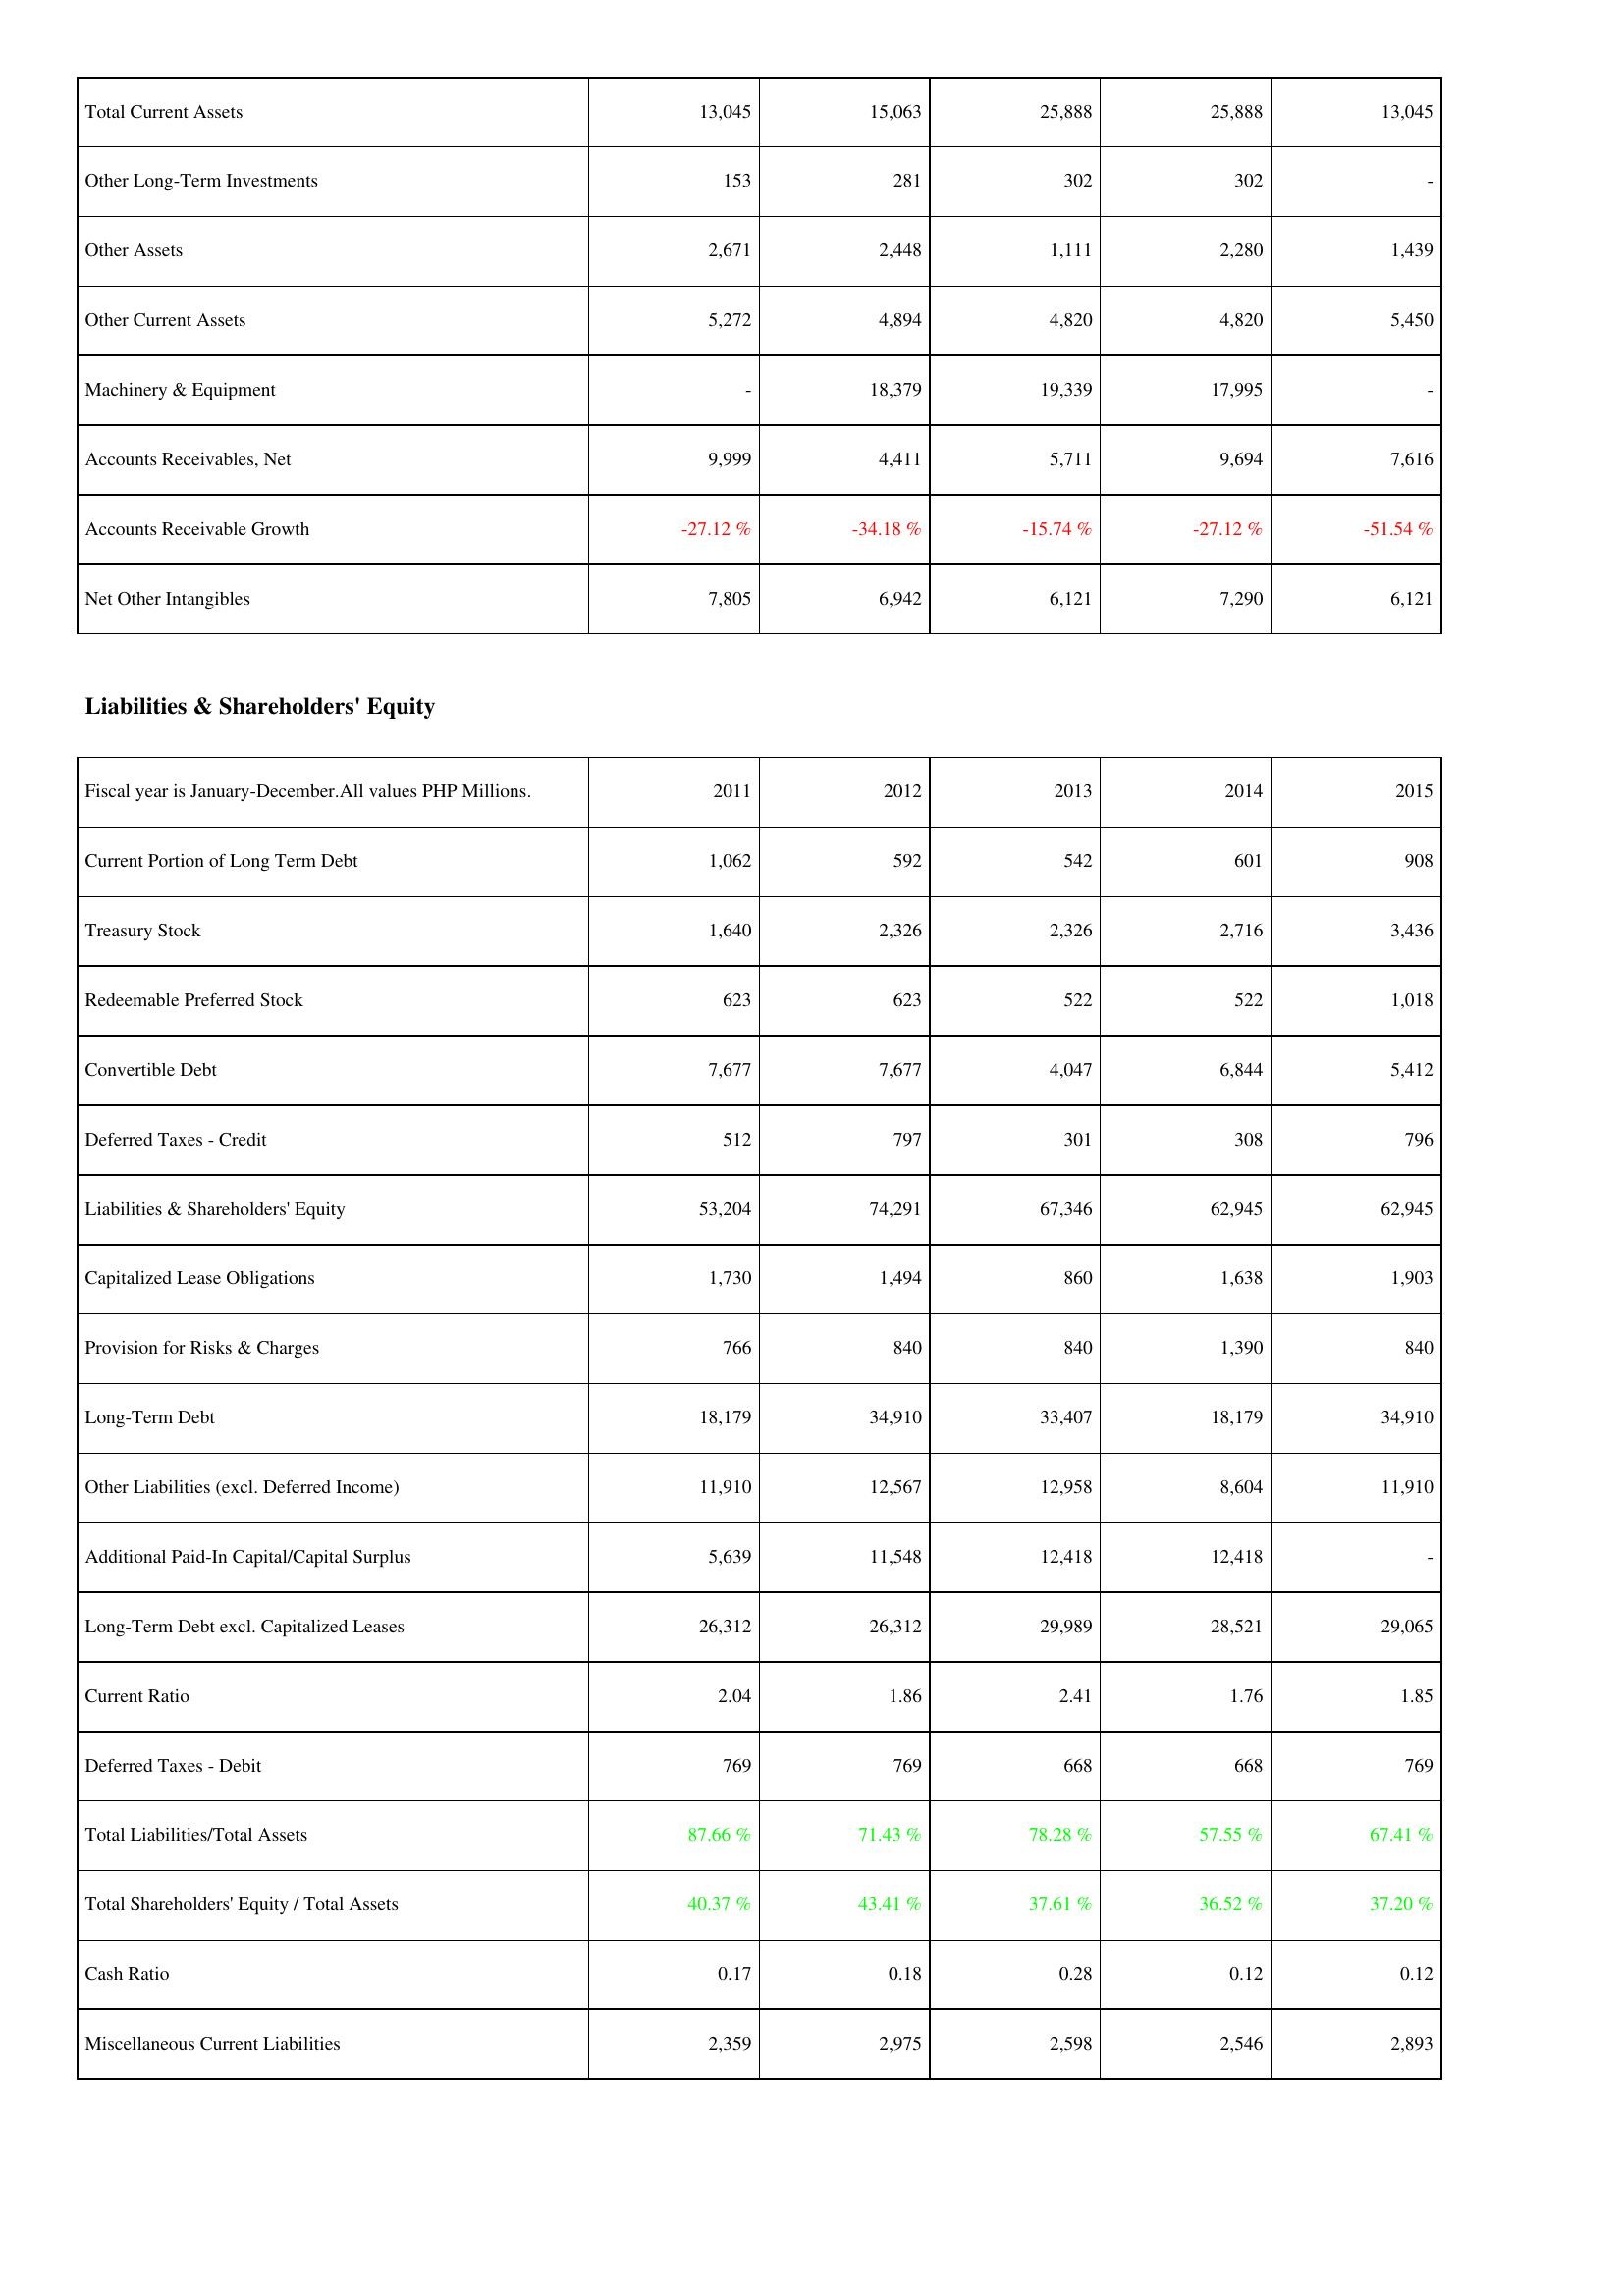
2011: Assets: Total Current Assets: 13,045
Other Long-Term Investments: 153
Other Assets: 2,671
Other Current Assets: 5,272
Machinery & Equipment: -
Accounts Receivables, Net: 9,999
Accounts Receivable Growth: -27.12 %
Net Other Intangibles: 7,805
Liabilities & Shareholders' Equity: Current Portion of Long Term Debt: 1,062
Treasury Stock: 1,640
Redeemable Preferred Stock: 623
Convertible Debt: 7,677
Deferred Taxes - Credit: 512
Liabilities & Shareholders' Equity: 53,204
Capitalized Lease Obligations: 1,730
Provision for Risks & Charges: 766
Long-Term Debt: 18,179
Other Liabilities (excl. Deferred Income): 11,910
Additional Paid-In Capital/Capital Surplus: 5,639
Long-Term Debt excl. Capitalized Leases: 26,312
Current Ratio: 2.04
Deferred Taxes - Debit: 769
Total Liabilities/Total Assets: 87.66 %
Total Shareholders' Equity / Total Assets: 40.37 %
Cash Ratio: 0.17
Miscellaneous Current Liabilities: 2,359
2012: Assets: Total Current Assets: 15,063
Other Long-Term Investments: 281
Other Assets: 2,448
Other Current Assets: 4,894
Machinery & Equipment: 18,379
Accounts Receivables, Net: 4,411
Accounts Receivable Growth: -34.18 %
Net Other Intangibles: 6,942
Liabilities & Shareholders' Equity: Current Portion of Long Term Debt: 592
Treasury Stock: 2,326
Redeemable Preferred Stock: 623
Convertible Debt: 7,677
Deferred Taxes - Credit: 797
Liabilities & Shareholders' Equity: 74,291
Capitalized Lease Obligations: 1,494
Provision for Risks & Charges: 840
Long-Term Debt: 34,910
Other Liabilities (excl. Deferred Income): 12,567
Additional Paid-In Capital/Capital Surplus: 11,548
Long-Term Debt excl. Capitalized Leases: 26,312
Current Ratio: 1.86
Deferred Taxes - Debit: 769
Total Liabilities/Total Assets: 71.43 %
Total Shareholders' Equity / Total Assets: 43.41 %
Cash Ratio: 0.18
Miscellaneous Current Liabilities: 2,975
2013: Assets: Total Current Assets: 25,888
Other Long-Term Investments: 302
Other Assets: 1,111
Other Current Assets: 4,820
Machinery & Equipment: 19,339
Accounts Receivables, Net: 5,711
Accounts Receivable Growth: -15.74 %
Net Other Intangibles: 6,121
Liabilities & Shareholders' Equity: Current Portion of Long Term Debt: 542
Treasury Stock: 2,326
Redeemable Preferred Stock: 522
Convertible Debt: 4,047
Deferred Taxes - Credit: 301
Liabilities & Shareholders' Equity: 67,346
Capitalized Lease Obligations: 860
Provision for Risks & Charges: 840
Long-Term Debt: 33,407
Other Liabilities (excl. Deferred Income): 12,958
Additional Paid-In Capital/Capital Surplus: 12,418
Long-Term Debt excl. Capitalized Leases: 29,989
Current Ratio: 2.41
Deferred Taxes - Debit: 668
Total Liabilities/Total Assets: 78.28 %
Total Shareholders' Equity / Total Assets: 37.61 %
Cash Ratio: 0.28
Miscellaneous Current Liabilities: 2,598
2014: Assets: Total Current Assets: 25,888
Other Long-Term Investments: 302
Other Assets: 2,280
Other Current Assets: 4,820
Machinery & Equipment: 17,995
Accounts Receivables, Net: 9,694
Accounts Receivable Growth: -27.12 %
Net Other Intangibles: 7,290
Liabilities & Shareholders' Equity: Current Portion of Long Term Debt: 601
Treasury Stock: 2,716
Redeemable Preferred Stock: 522
Convertible Debt: 6,844
Deferred Taxes - Credit: 308
Liabilities & Shareholders' Equity: 62,945
Capitalized Lease Obligations: 1,638
Provision for Risks & Charges: 1,390
Long-Term Debt: 18,179
Other Liabilities (excl. Deferred Income): 8,604
Additional Paid-In Capital/Capital Surplus: 12,418
Long-Term Debt excl. Capitalized Leases: 28,521
Current Ratio: 1.76
Deferred Taxes - Debit: 668
Total Liabilities/Total Assets: 57.55 %
Total Shareholders' Equity / Total Assets: 36.52 %
Cash Ratio: 0.12
Miscellaneous Current Liabilities: 2,546
2015: Assets: Total Current Assets: 13,045
Other Long-Term Investments: -
Other Assets: 1,439
Other Current Assets: 5,450
Machinery & Equipment: -
Accounts Receivables, Net: 7,616
Accounts Receivable Growth: -51.54 %
Net Other Intangibles: 6,121
Liabilities & Shareholders' Equity: Current Portion of Long Term Debt: 908
Treasury Stock: 3,436
Redeemable Preferred Stock: 1,018
Convertible Debt: 5,412
Deferred Taxes - Credit: 796
Liabilities & Shareholders' Equity: 62,945
Capitalized Lease Obligations: 1,903
Provision for Risks & Charges: 840
Long-Term Debt: 34,910
Other Liabilities (excl. Deferred Income): 11,910
Additional Paid-In Capital/Capital Surplus: -
Long-Term Debt excl. Capitalized Leases: 29,065
Current Ratio: 1.85
Deferred Taxes - Debit: 769
Total Liabilities/Total Assets: 67.41 %
Total Shareholders' Equity / Total Assets: 37.20 %
Cash Ratio: 0.12
Miscellaneous Current Liabilities: 2,893